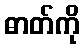
ဓာတ်ကို